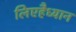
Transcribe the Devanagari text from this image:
लिएहैध्यान